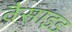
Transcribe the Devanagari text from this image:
वैसाइड